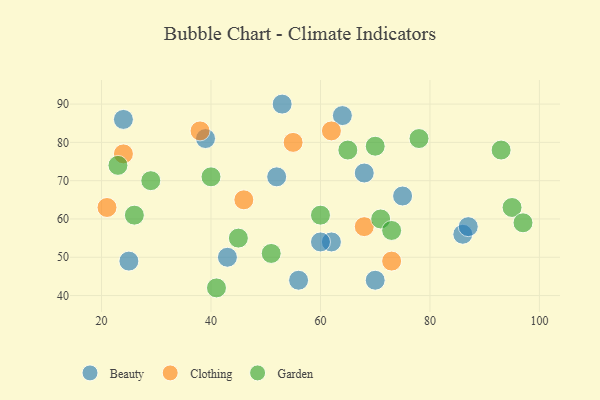
{"axis": {"x": "GDP", "y": "Life Expectancy"}, "legend": ["Beauty", "Clothing", "Garden"], "data": [{"x": "86", "y": 56, "type": "Beauty"}, {"x": "52", "y": 71, "type": "Beauty"}, {"x": "62", "y": 54, "type": "Beauty"}, {"x": "64", "y": 87, "type": "Beauty"}, {"x": "87", "y": 58, "type": "Beauty"}, {"x": "70", "y": 44, "type": "Beauty"}, {"x": "24", "y": 86, "type": "Beauty"}, {"x": "25", "y": 49, "type": "Beauty"}, {"x": "39", "y": 81, "type": "Beauty"}, {"x": "43", "y": 50, "type": "Beauty"}, {"x": "53", "y": 90, "type": "Beauty"}, {"x": "68", "y": 72, "type": "Beauty"}, {"x": "56", "y": 44, "type": "Beauty"}, {"x": "60", "y": 54, "type": "Beauty"}, {"x": "75", "y": 66, "type": "Beauty"}, {"x": "62", "y": 83, "type": "Clothing"}, {"x": "46", "y": 65, "type": "Clothing"}, {"x": "38", "y": 83, "type": "Clothing"}, {"x": "73", "y": 49, "type": "Clothing"}, {"x": "24", "y": 77, "type": "Clothing"}, {"x": "55", "y": 80, "type": "Clothing"}, {"x": "68", "y": 58, "type": "Clothing"}, {"x": "21", "y": 63, "type": "Clothing"}, {"x": "60", "y": 61, "type": "Garden"}, {"x": "93", "y": 78, "type": "Garden"}, {"x": "29", "y": 70, "type": "Garden"}, {"x": "71", "y": 60, "type": "Garden"}, {"x": "45", "y": 55, "type": "Garden"}, {"x": "40", "y": 71, "type": "Garden"}, {"x": "51", "y": 51, "type": "Garden"}, {"x": "23", "y": 74, "type": "Garden"}, {"x": "78", "y": 81, "type": "Garden"}, {"x": "73", "y": 57, "type": "Garden"}, {"x": "95", "y": 63, "type": "Garden"}, {"x": "97", "y": 59, "type": "Garden"}, {"x": "41", "y": 42, "type": "Garden"}, {"x": "65", "y": 78, "type": "Garden"}, {"x": "70", "y": 79, "type": "Garden"}, {"x": "26", "y": 61, "type": "Garden"}]}